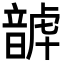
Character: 𩐮